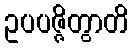
ဥပပဇ္ဇိတွာတိ